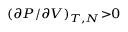
\scriptstyle \left( { { \partial P } / { \partial V } } \right) _ { T , N } > 0